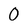
Character: 0